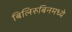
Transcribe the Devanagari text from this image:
बिलिरुबिनमध्ये